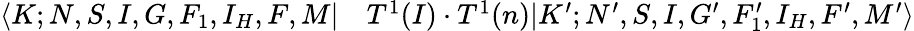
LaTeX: \begin{array}{rl}{\langle K;N,S,I,G,F_{1},I_{H},F,M|}&{{}T^{1}(I)\cdot T^{1}(n)|K^{\prime};N^{\prime},S,I,G^{\prime},F_{1}^{\prime},I_{H},F^{\prime},M^{\prime}\rangle}\end{array}